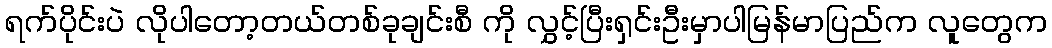
ရက်ပိုင်းပဲ လိုပါတော့တယ်တစ်ခုချင်းစီ ကို လွှင့်ပြီးရှင်းဦးမှာပါမြန်မာပြည်က လူတွေက